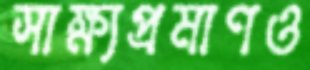
সাক্ষ্যপ্রমাণও